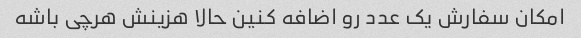
امکان سفارش یک عدد رو اضافه کنین حالا هزینش هرچی باشه